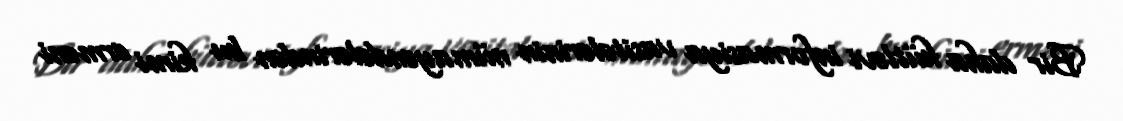
Bir daha kütləvi informasiya vasitələrinin nümayəndələrindən bu kimi erməni